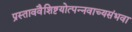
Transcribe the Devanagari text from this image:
प्रस्ताववैशिष्टयोत्पन्नवाच्यसंभवा